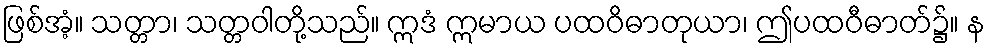
ဖြစ်အံ့။ သတ္တာ၊ သတ္တဝါတို့သည်။ ဣဒံ ဣမာယ ပထဝိဓာတုယာ၊ ဤပထဝီဓာတ်၌။ န